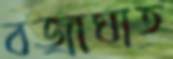
বজ্রাঘাত